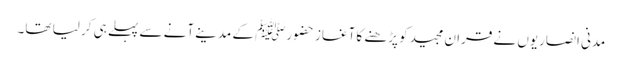
مدنی انصاریوں نے قران مجیدکو پڑھنے کا آغاز حضورﷺ کے مدینے آنے سے پہلے ہی کر لیا تھا۔